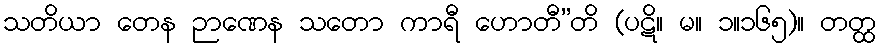
သတိယာ တေန ဉာဏေန သတော ကာရီ ဟောတီ”တိ (ပဋိ။ မ။ ၁။၁၆၅)။ တတ္ထ